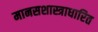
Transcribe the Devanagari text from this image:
मानसशास्त्राधारित